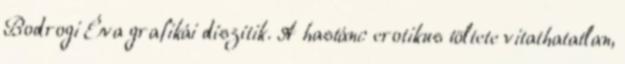
Bodrogi Éva grafikái díszítik. A hastánc erotikus töltete vitathatatlan,